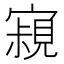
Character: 𡫁